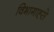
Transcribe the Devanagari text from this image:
विभागाह्से